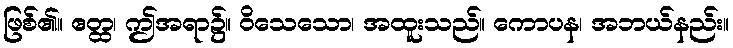
ဖြစ်၏။ ဧတ္ထ၊ ဤအရာ၌။ ဝိသေသော၊ အထူးသည်။ ကောပန၊ အဘယ်နည်း။